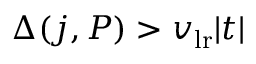
\Delta ( j , P ) > v _ { \mathrm { l r } } | t |